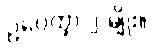
ဥပေက္ခာ ၂-မျိုး။